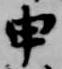
申